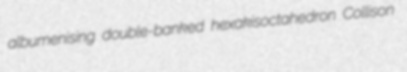
albumenising double-banked hexakisoctahedron Collison